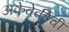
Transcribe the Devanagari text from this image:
अफेवेर्कीची